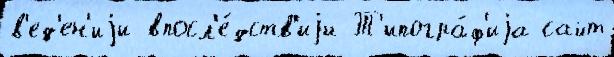
в'ед'ен'иjи впосл'е́дств'иjи Т'ипогра́ф'иjа сайт